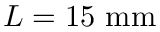
L = 1 5 ~ \mathrm { m m }